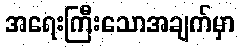
အရေးကြီးသောအချက်မှာ